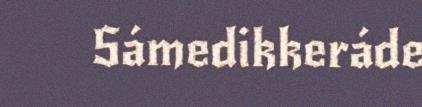
Sámedikkeráde